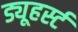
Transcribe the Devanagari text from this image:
ड्यूहर्स्ट